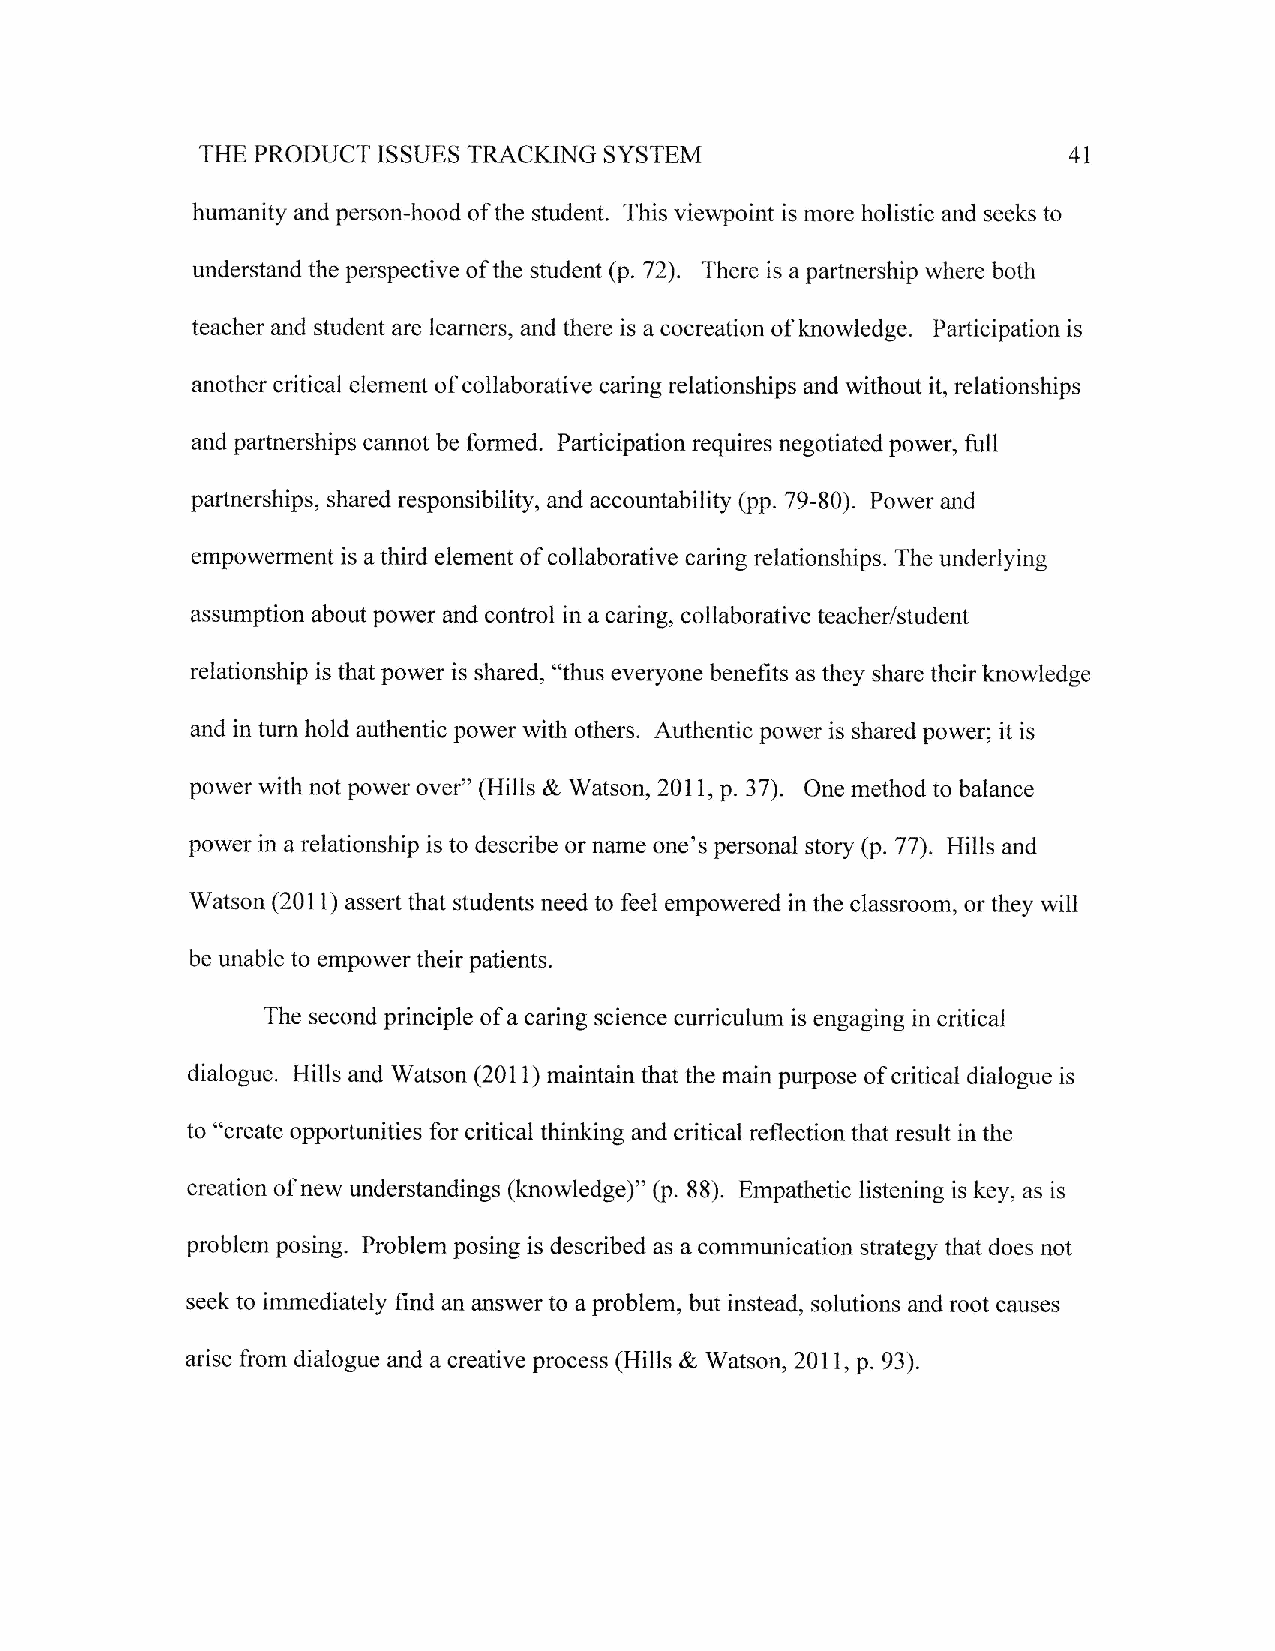
SYSTEM
 TFIE PRODUCT ISSUES TRACKING                              4I
 humanity and person-hood of the student. This viewpoint is more holistic and seeks to
 understand the perspective of the student (p.72). There is a partnership where both
 teacher and student are learners, and there is a cocreation of knowledge. Participation is
 another critical element of collaborative caring relationships and without it, relationships
 and partnerships cannot be formed. Participation requires negotiated power, ftill
 partnerships, shared responsibility, and accountability (pp. 79-80). Power and
 empowerment is a third element of collaborative caring relationships. The underlying
 assumption about power and control in a caring, collaborative teacher/student
 relationship is that power is shared, "thus everyone benefits as they share their knowledge
 and in turn hold authentic power with others. Authentic power is shared power; it is
 power with not power over" (Hills & Watson,20l l, p. 37). One method to balance
 power in a relationship is to describe or name one's personal story {p.77). Hills and
 Watson (2011) assert that students need to feel empowered in the classroom, or they will
 be unable to empower their patients.
 The second principle of a caring science curriculum is engaging in critical
 dialogue. Hills and Watson (2011) maintain that the main purpose of critical dialogue is
 to 'ocreate opportunities for critical thinking and critical reflection that result in the
 creation of new understandings (knowledge)" (p. 88). Empathetic listening is key, as is
 problem posing. Problem posing is described as a commrmication strategy that does not
 seek to immediately find an answer to a problem, but instead, solutions and root causes
 arise from dialogue and a creative process (Hills & Watson,20ll, p.93).